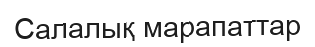
Салалық марапаттар